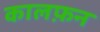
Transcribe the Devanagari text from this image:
कालफ़न